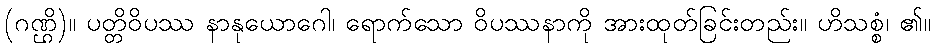
(ဂဏ္ဌိ)။ ပတ္တိဝိပဿ နာနုယောဂေါ၊ ရောက်သော ဝိပဿနာကို အားထုတ်ခြင်းတည်း။ ဟိသစ္စံ၊ ၏။